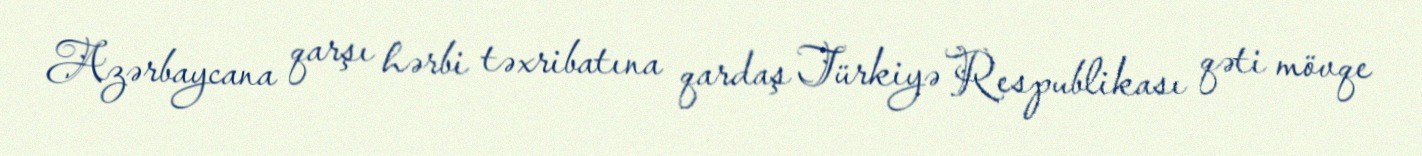
Azərbaycana qarşı hərbi təxribatına qardaş Türkiyə Respublikası qəti mövqe